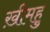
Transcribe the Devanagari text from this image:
ख़ीमहु